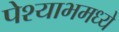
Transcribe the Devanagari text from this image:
पेश्याभमध्ये